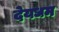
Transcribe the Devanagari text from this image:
देयधम